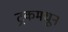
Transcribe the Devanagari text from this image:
ट्रकमधून